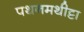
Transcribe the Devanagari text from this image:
पथनमथीट्टा